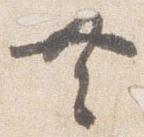
共